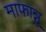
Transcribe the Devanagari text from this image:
माफान्नू